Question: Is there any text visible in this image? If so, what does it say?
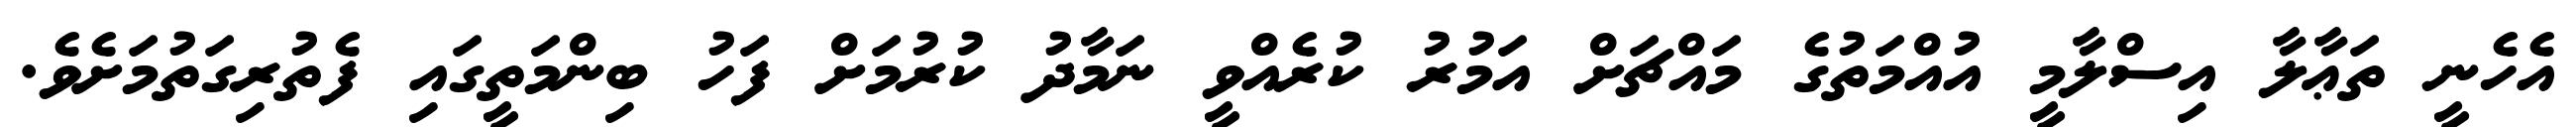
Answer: އެހެނީ ތަޢާލާ އިސްލާމީ އުއްމަތުގެ މައްޗަށް އަމުރު ކުރެއްވީ ނަމާދު ކުރުމަށް ފަހު ބިންމަތީގައި ފެތުރިގަތުމަށެވެ.